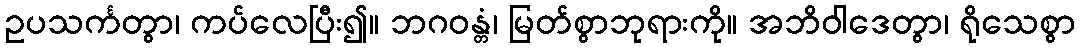
ဥပသင်္ကတွာ၊ ကပ်လေပြီး၍။ ဘဂဝန္တံ၊ မြတ်စွာဘုရားကို။ အဘိဝါဒေတွာ၊ ရိုသေစွာ